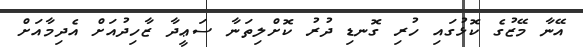
އޭނާ މޭޒުގެ ކޮޅުގައި ހުރި ގޮނޑި ދުރު ކޮށްލިތަނާ ސަޢީދާ ޒާހިދުއަށް އެދިމާއަށް